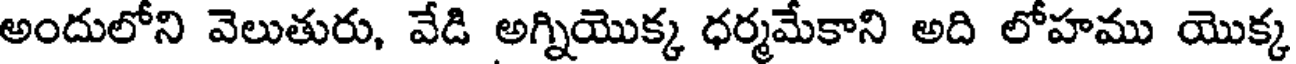
అందులోని వెలుతురు, వేడి అగ్నియొక్క ధర్మమేకాని అది లోహము యొక్క